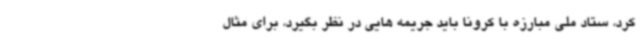
کرد، ستاد ملی مبارزه با کرونا باید جریمه هایی در نظر بگیرد، برای مثال